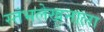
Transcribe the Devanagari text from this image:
स्तंभलेखनाला